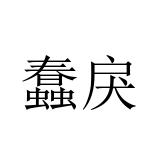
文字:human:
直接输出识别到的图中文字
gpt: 蠢戾